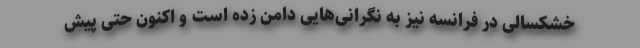
خشکسالی در فرانسه نیز به نگرانی‌هایی دامن زده است و اکنون حتی پیش